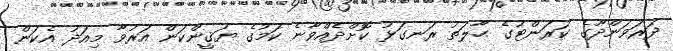
ދަރަވަންދޫގެ ކަރަންޓުގެ ޙާލަތު ރަނގަޅު ކޮށްދެއްވާނެ ކަމުގެ ޔަޤީންކަން އަރުވާ މިއަދު އެކަން